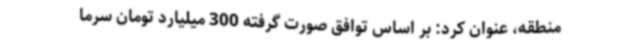
منطقه، عنوان کرد: بر اساس توافق صورت گرفته 300 میلیارد تومان سرما